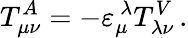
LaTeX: T_{\mu\nu}^{A}=-\varepsilon_{\mu}^{\ \lambda}T_{\lambda\nu}^{V}\, .